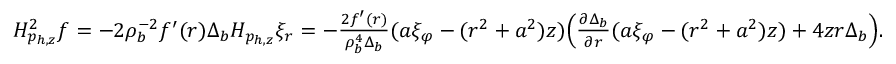
\begin{array} { r } { H _ { p _ { h , z } } ^ { 2 } f = - 2 \rho _ { b } ^ { - 2 } f ^ { \prime } ( r ) \Delta _ { b } H _ { p _ { h , z } } \xi _ { r } = - \frac { 2 f ^ { \prime } ( r ) } { \rho _ { b } ^ { 4 } \Delta _ { b } } ( a \xi _ { \varphi } - ( r ^ { 2 } + a ^ { 2 } ) z ) \Big ( \frac { \partial \Delta _ { b } } { \partial r } ( a \xi _ { \varphi } - ( r ^ { 2 } + a ^ { 2 } ) z ) + 4 z r \Delta _ { b } \Big ) . } \end{array}